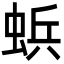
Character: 𮔐